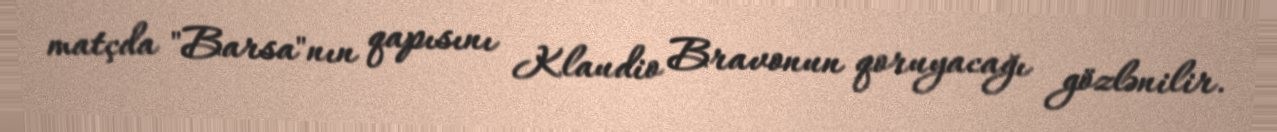
matçda "Barsa"nın qapısını Klaudio Bravonun qoruyacağı gözlənilir.